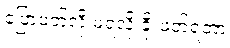
ပြောဖတ်လို့ မရလို့ ခိုးဖတ်ရတာ